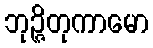
ဘုဉ္ဇိတုကာမော